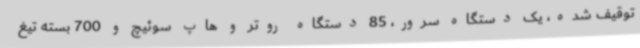
توقیف شده، یک دستگاه سرور، 85 دستگاه روتر و هاپ سوئیچ و 700 بسته تیغ